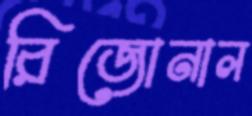
রিজোনাল